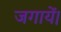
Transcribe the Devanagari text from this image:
जगायें।